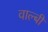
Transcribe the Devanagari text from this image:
वाल्बी